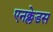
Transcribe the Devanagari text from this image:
एनक्लेडस